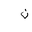
Letter: _non